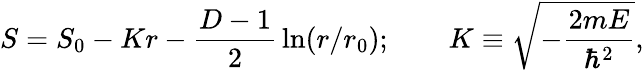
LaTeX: S=S_{0}-Kr-{\frac{D-1}{2}}\ln(r/r_{0});\qquad K\equiv\sqrt{-{\frac{2mE}{\hbar^{2}}}},